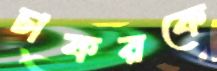
চাকরকে